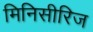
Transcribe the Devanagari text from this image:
मिनिसीरिज